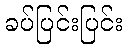
ခပ်ပြင်းပြင်း